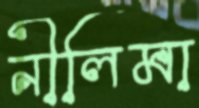
নীলিমা